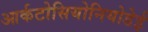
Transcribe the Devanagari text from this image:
आर्कटोसियोनियोडेई